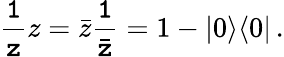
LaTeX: {\tt\frac{1}{z}}z=\bar{z}{\tt\frac{1}{\bar{z}}}=1-|0\rangle\langle 0|\, .